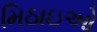
મિઠાઇઓ